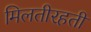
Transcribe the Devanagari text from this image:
मिलतीरहती